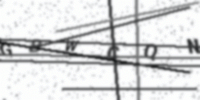
Text: GBWCQN